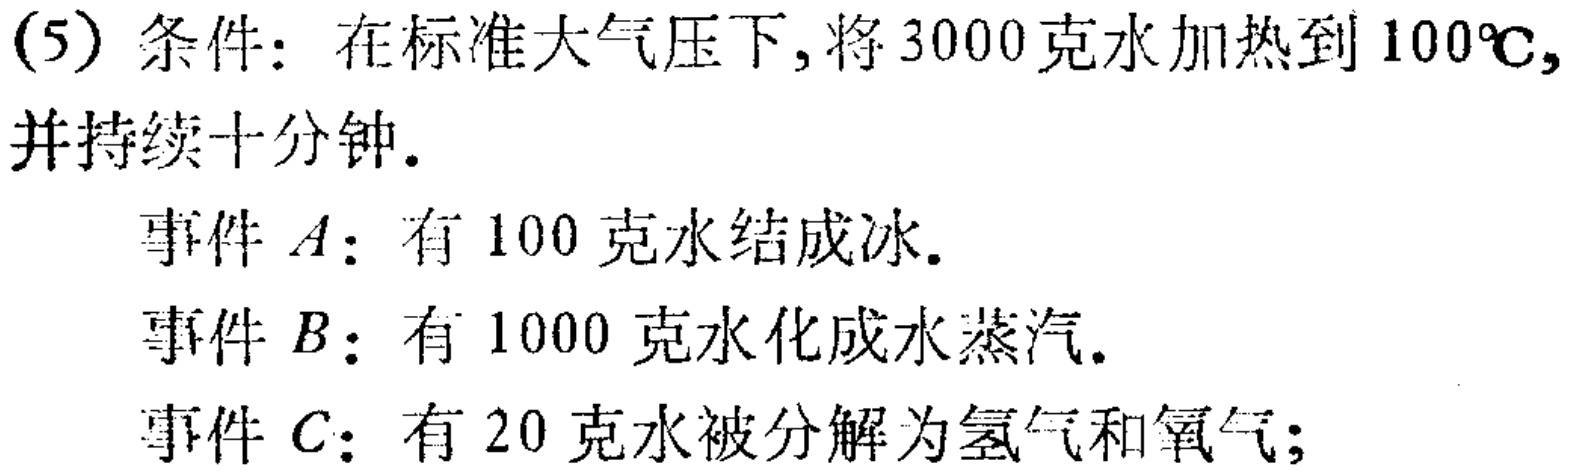
(5) 条件：在标准大气压下,将3000克水加热到$100^{\circ}\text{C}$,并持续十分钟.
事件$A$：有100克水结成冰.
事件$B$：有1000克水化成水蒸汽.
事件$C$：有20克水被分解为氢气和氧气;